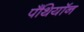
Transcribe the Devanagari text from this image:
पँथियॉन